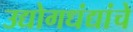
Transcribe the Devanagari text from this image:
उद्योगधंद्यांचे